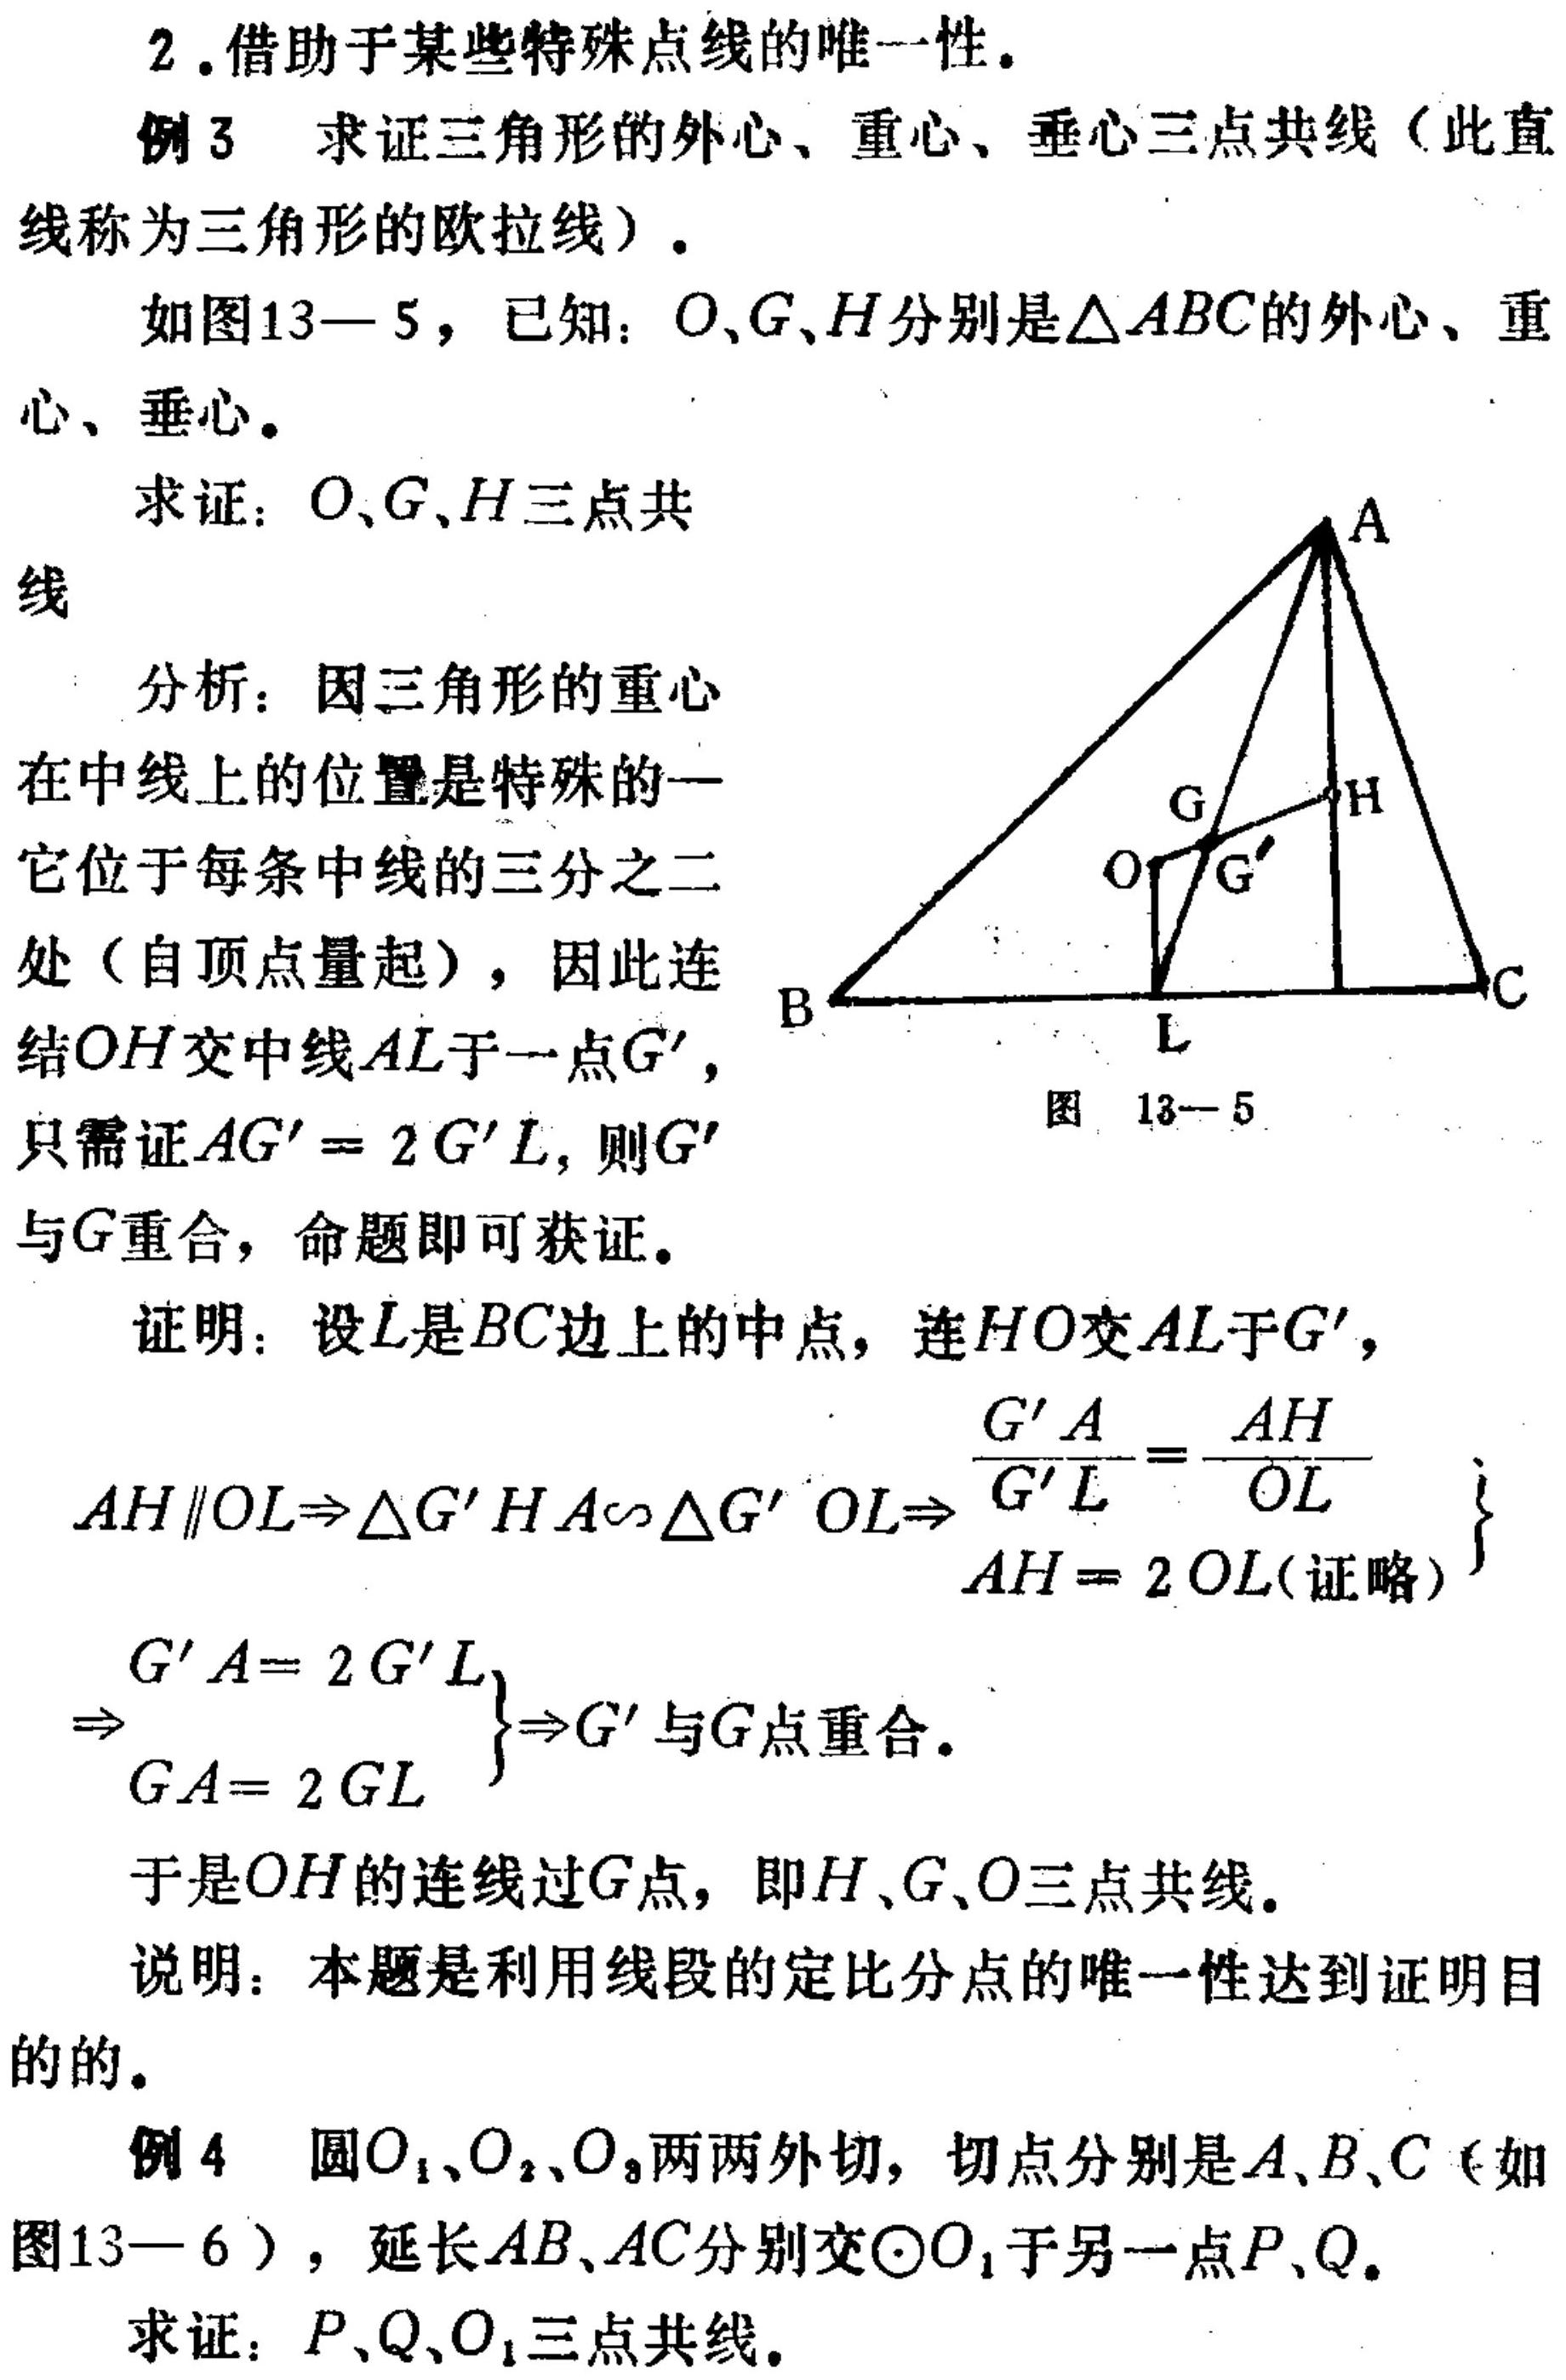
2.借助于某些特殊点线的唯一性。
例3 求证三角形的外心、重心、垂心三点共线（此直线称为三角形的欧拉线）。
如图13—5，已知：\(O、G、H\)分别是\(\triangle ABC\)的外心、重心、垂心。
求证：\(O、G、H\)三点共线
分析：因三角形的重心在中线上的位置是特殊的—它位于每条中线的三分之二处（自顶点量起），因此连结\(OH\)交中线\(AL\)于一点\(G'\)，只需证\(AG' = 2G'L\)，则\(G'\)与\(G\)重合，命题即可获证。
证明：设\(L\)是\(BC\)边上的中点，连\(HO\)交\(AL\)于\(G'\)，
\(\left.\begin{align}
AH\parallel OL\Rightarrow\triangle G'HA\sim\triangle G'OL\Rightarrow\frac{G'A}{G'L}=\frac{AH}{OL}\\
AH = 2OL(\text{证略})
\end{align}\right\}\)
\(\left.\begin{align}
G'A = 2G'L\\
GA = 2GL
\end{align}\right\}\Rightarrow G'\)与\(G\)点重合。
于是\(OH\)的连线过\(G\)点，即\(H、G、O\)三点共线。
说明：本题是利用线段的定比分点的唯一性达到证明目的的。
例4 圆\(O_1、O_2、O_3\)两两外切，切点分别是\(A、B、C\)（如图13—6），延长\(AB、AC\)分别交\(\odot O_1\)于另一点\(P、Q\)。
求证：\(P、Q、O_1\)三点共线。
图 13—5
![图13 - 5](此处因无法获取实际图片，用文字示意，实际应插入对应图形)